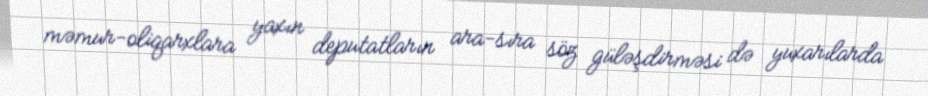
məmur-oliqarxlara yaxın deputatların ara-sıra söz güləşdirməsi də yuxarılarda